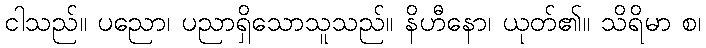
ငါသည်။ ပညော၊ ပညာရှိသောသူသည်။ နိဟီနော၊ ယုတ်၏။ သိရိမာ စ၊